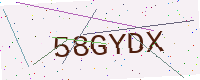
Text: 58GYDX